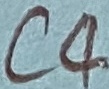
Text: C4